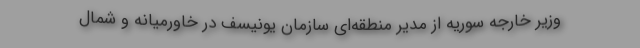
وزیر خارجه سوریه از مدیر منطقه‌ای سازمان یونیسف در خاورمیانه و شمال